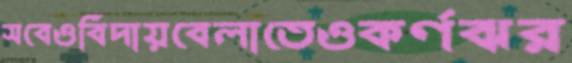
সবেওবিদায়বেলাতেওকর্ণঝর